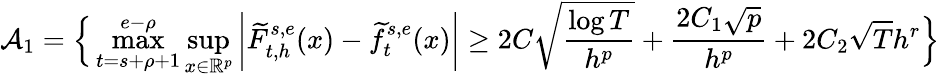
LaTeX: \mathcal{A}_{1}=\Big\{ \operatorname*{max}_{t=s+\rho+1}^{e-\rho}\operatorname*{sup}_{x\in\mathbb{R}^{p}}\bigg|\widetilde F_{t,h}^{s,e}(x)-\widetilde f_{t}^{s,e}(x)\bigg|\ge 2C\sqrt{\frac{\log T}{h^{p}}}+\frac{2C_{1}\sqrt{p}}{h^{p}}+2C_{2}\sqrt{T}h^{r}\Big\}